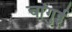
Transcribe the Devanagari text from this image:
चांगुई